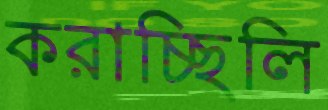
করাচ্ছিলি